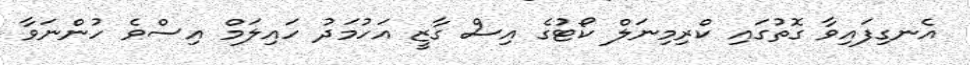
އެނގިފައިވާ ގޮތުގައި ކްރިމިނަލް ކޯޓުގެ އިސް ގާޒީ އަހުމަދު ހައިލަމް އިސްވެ ހުންނަވާ